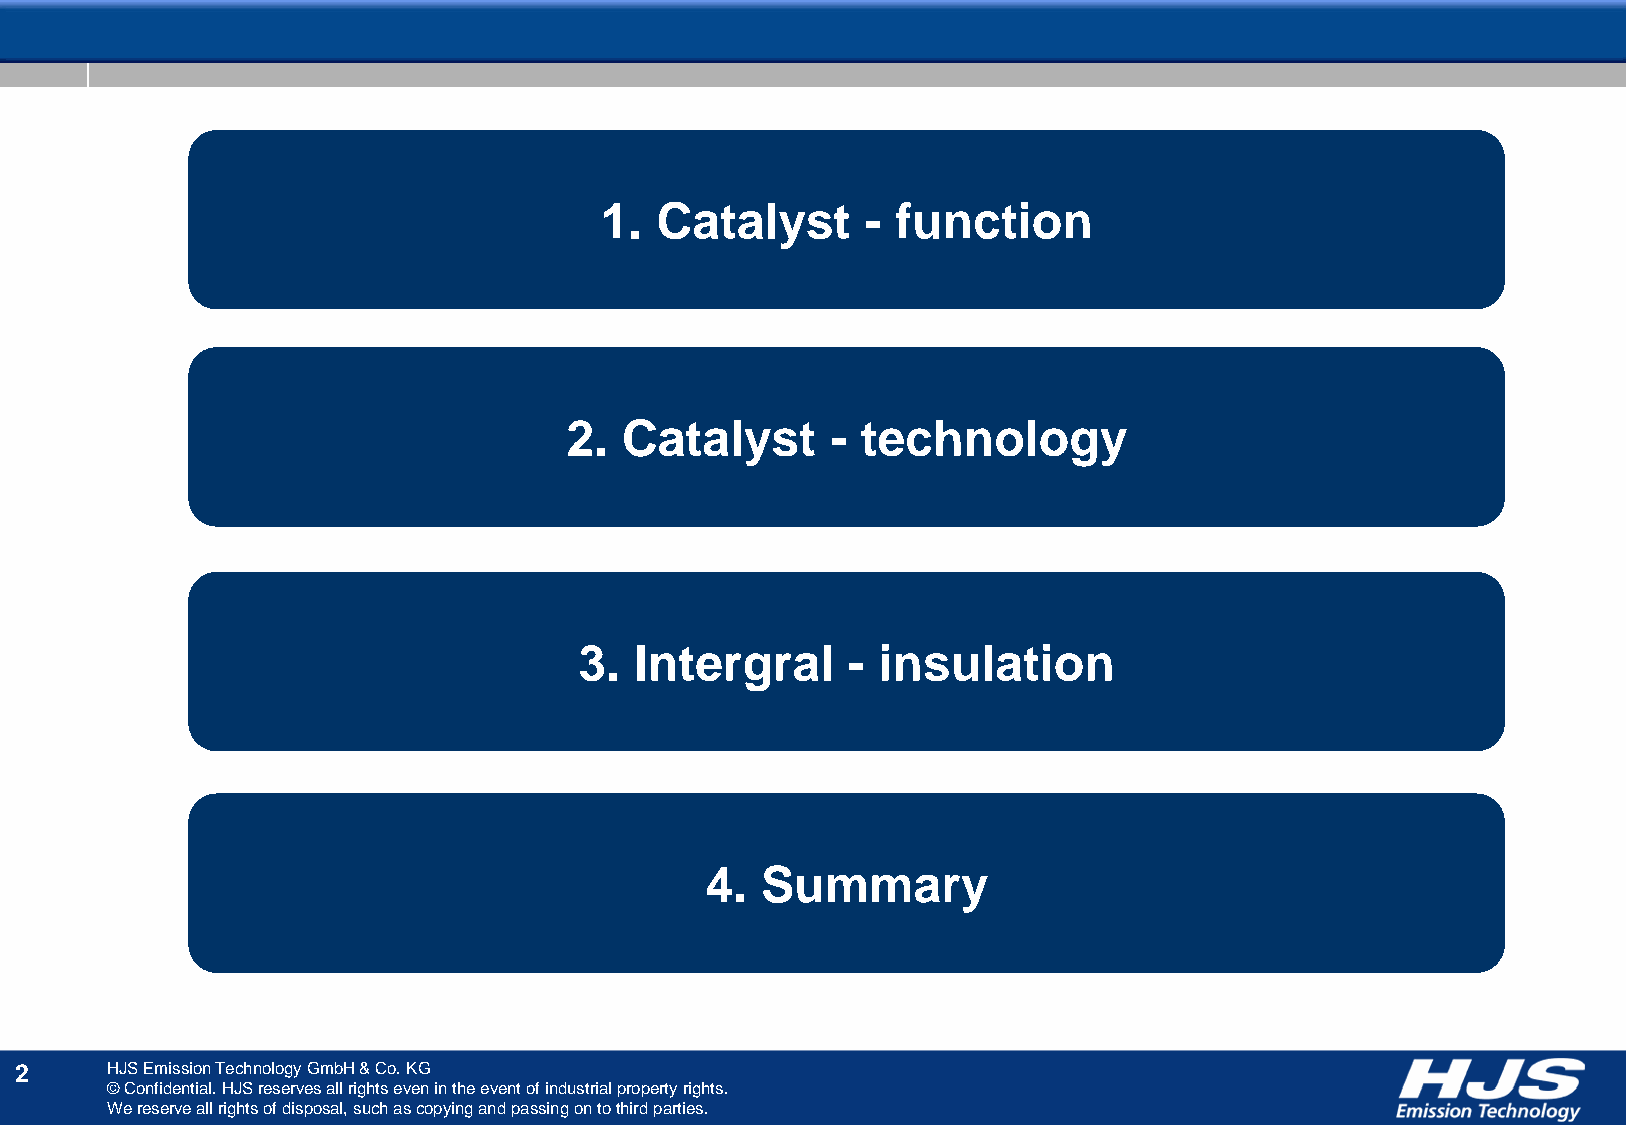
1. Catalyst      - function
 2.  Catalyst      - technology
 3.  Intergral     - insulation
 4. Summary
 2     HJS Emission Technology GmbH & Co. KG
 © Confidential. HJS reserves all rights even in the event of industrial property rights.
 We reserve all rights of disposal, such as copying and passing on to third parties.